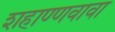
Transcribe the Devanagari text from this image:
शहाण्णवावा